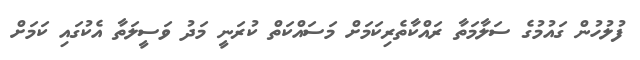
ފުލުހުން ގައުމުގެ ސަލާމަތާ ރައްކާތެރިކަމަށް މަސައްކަތް ކުރަނީ މަދު ވަސީލަތާ އެކުގައި ކަމަށް